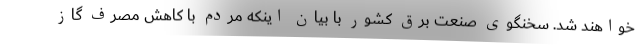
خواهند شد. سخنگوی صنعت برق کشور با بیان اینکه مردم با کاهش مصرف گاز